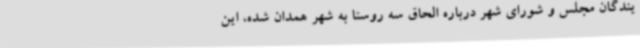
یندگان مجلس و شورای شهر درباره الحاق سه روستا به شهر همدان شده، این